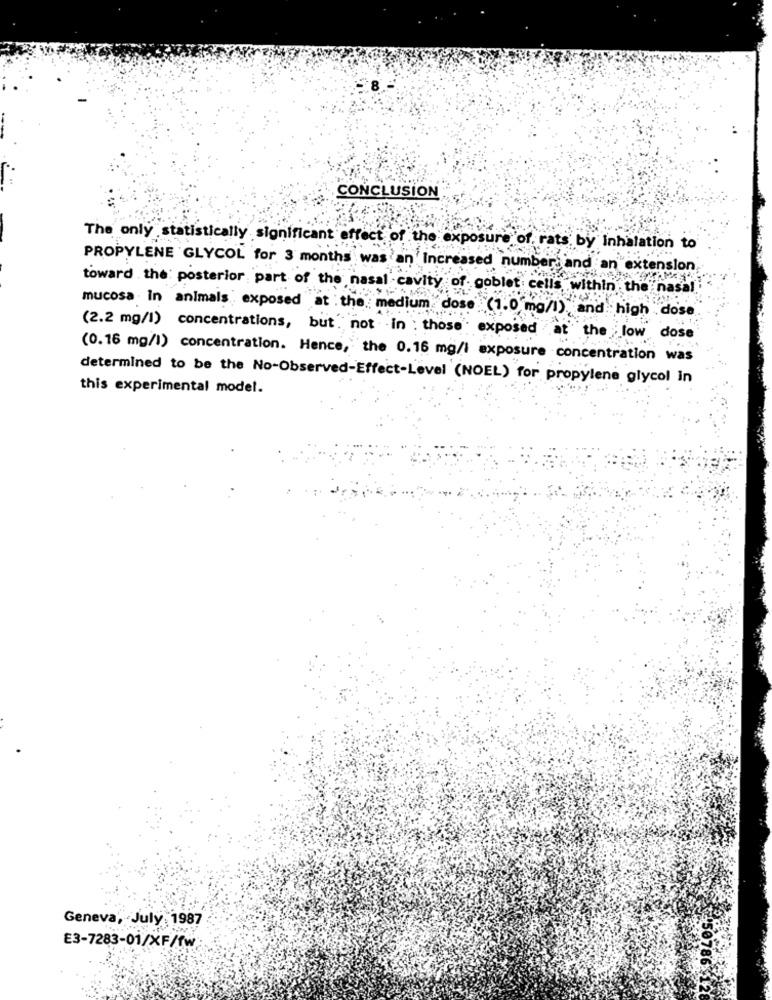
CONCLUSION
The only statistically significant effect of the exposure of. rats by Inhalation to
PROPYLENE GLYCOL for 3 months was an Increased number, and an extension
toward the posterior part of the nasal cavity of goblet cells within the nasal.
mucosa . In animals exposed at the medium dose (1.0 mg/l), and high dose
(2.2 mg/l) concentrations, but not in : those' exposed at the low dose
(0.16 mg/l) concentration. Hence, the 0.16 mg/l exposure concentration was
determined to be the No-Observed-Effect-Level (NOEL) for propylene glycol in
this experimental model.
Geneva, July 1987
E3-7283-01/XF/fw